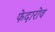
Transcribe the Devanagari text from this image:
फेदारोव